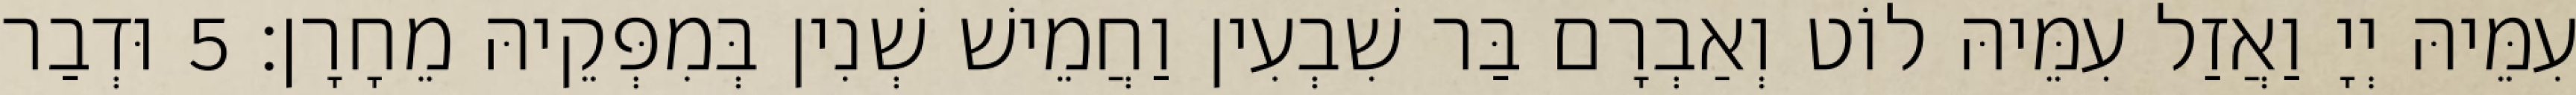
עִמֵּיהּ יְיָ וַאֲזַל עִמֵּיהּ לוֹט וְאַבְרָם בַּר שִׁבְעִין וַחֲמֵישׁ שְׁנִין בְּמִפְּקֵיהּ מֵחָרָן׃ 5 וּדְבַר